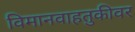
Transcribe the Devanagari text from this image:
विमानवाहतुकीवर